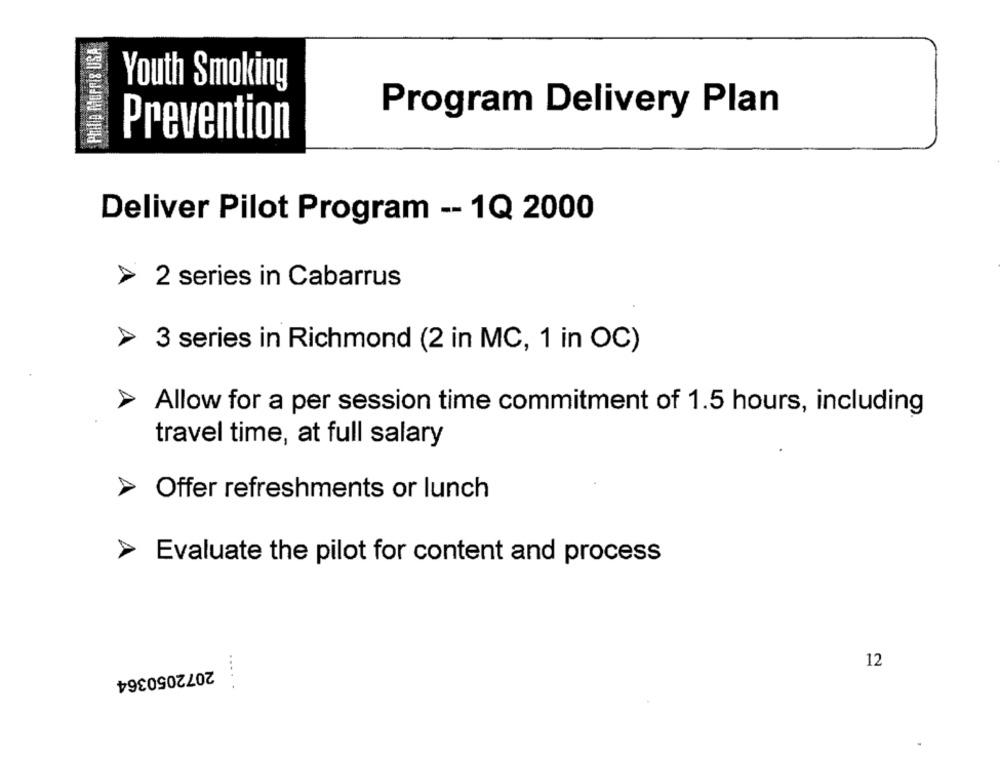
Philip Morris USA
Youth Smoking
Program Delivery Plan
Prevention
Deliver Pilot Program -- 1Q 2000
2 series in Cabarrus
3 series in Richmond (2 in MC, 1 in OC)
Allow for a per session time commitment of 1.5 hours, including
travel time, at full salary
Offer refreshments or lunch
Evaluate the pilot for content and process
12
2072050364
.....